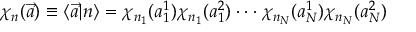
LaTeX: \chi _ { n } ( \vec { a } ) \equiv \langle \vec { a } \vert n \rangle = \chi _ { n _ { 1 } } ( a _ { 1 } ^ { 1 } ) \chi _ { n _ { 1 } } ( a _ { 1 } ^ { 2 } ) \cdot \cdot \cdot \chi _ { n _ { N } } ( a _ { N } ^ { 1 } ) \chi _ { n _ { N } } ( a _ { N } ^ { 2 } )